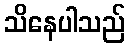
သိနေပါသည်